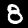
Label: 8